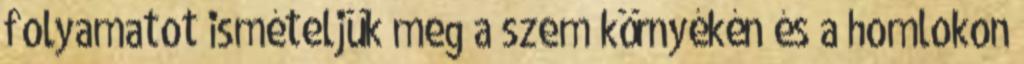
folyamatot ismételjük meg a szem környékén és a homlokon